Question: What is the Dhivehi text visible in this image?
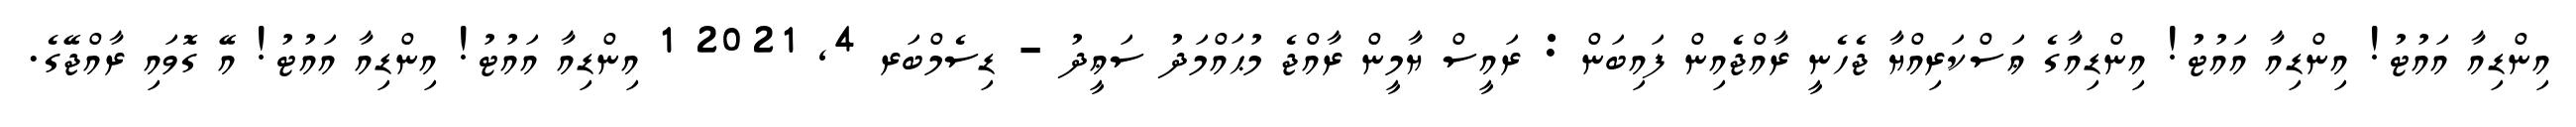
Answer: އިންޑިއާ އައުޓު! އިންޑިއާ އައުޓު! އިންޑިއާގެ ޢަސްކަރިއްޔާ ޖެހެނީ ރާއްޖެއިން ފައިބަން : ރައީސް ޔާމީން ރާއްޖެ މުޙައްމަދު ސަޢީދު - ޑިސެމްބަރ 4, 2021 1 އިންޑިއާ އައުޓު! އިންޑިއާ އައުޓު! އޭ ގޮވައި ރާއްޖޭގެ.